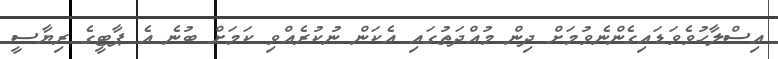
އިސްލާހުވެވަޑައިގެންނެވުމަށް ދިން މުއްދަތުގައި އެކަން ނުކުރެއްވި ކަމަށް ބުނެ އެ ޕާޓީގެ ރިޔާސީ